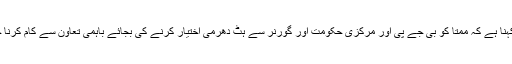
ان کا کہنا ہے کہ ممتا کو بی جے پی اور مرکزی حکومت اور گورنر سے ہٹ دھرمی اختیار کرنے کی بجائے باہمی تعاون سے کام کرنا چاہئے۔